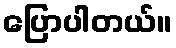
ပြောပါတယ်။